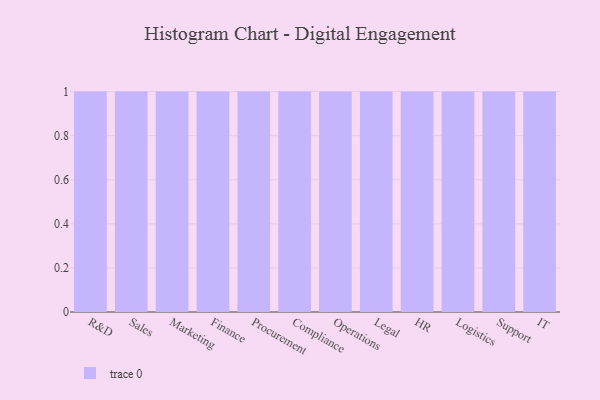
{"axis": {"x": "Department", "y": "Budget (USD K)"}, "legend": [""], "data": [{"x": "R&D", "y": 13, "type": ""}, {"x": "Sales", "y": 77, "type": ""}, {"x": "Marketing", "y": 46, "type": ""}, {"x": "Finance", "y": 42, "type": ""}, {"x": "Procurement", "y": 28, "type": ""}, {"x": "Compliance", "y": 79, "type": ""}, {"x": "Operations", "y": 31, "type": ""}, {"x": "Legal", "y": 79, "type": ""}, {"x": "HR", "y": 18, "type": ""}, {"x": "Logistics", "y": 36, "type": ""}, {"x": "Support", "y": 35, "type": ""}, {"x": "IT", "y": 13, "type": ""}]}